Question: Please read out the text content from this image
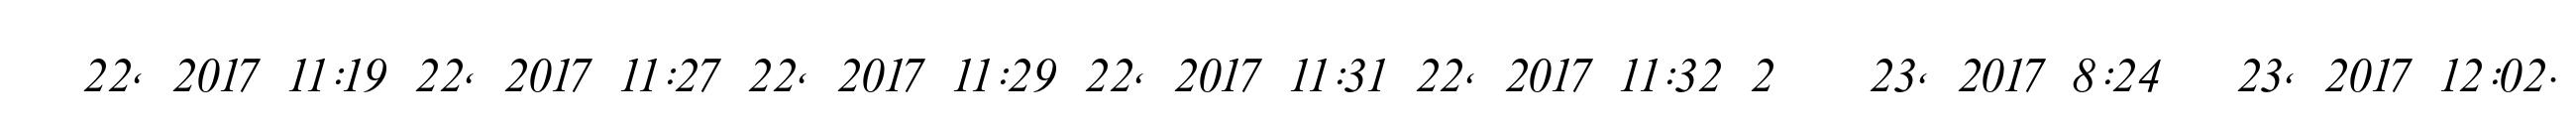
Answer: ?? 22, 2017 11:19 22, 2017 11:27 22, 2017 11:29 22, 2017 11:31 22, 2017 11:32 2 ?? 23, 2017 8:24 ? 23, 2017 12:02.